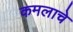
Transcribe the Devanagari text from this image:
कमलाचे